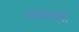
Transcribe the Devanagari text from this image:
मध्वमुनीं